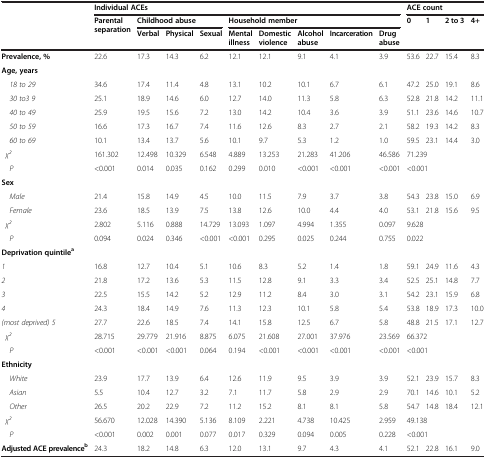
<table><thead><tr><td rowspan="3"><b> </b></td><td colspan="9"><b>Individual ACEs</b></td><td colspan="4"><b>ACE count</b></td></tr><tr><td rowspan="2"><b>Parental separation</b></td><td colspan="3"><b>Childhood abuse</b></td><td colspan="5"><b>Household member</b></td><td><b>0</b></td><td><b>1</b></td><td><b>2 to 3</b></td><td><b>4+</b></td></tr><tr><td><b>Verbal</b></td><td><b>Physical</b></td><td><b>Sexual</b></td><td><b>Mental illness</b></td><td><b>Domestic violence</b></td><td><b>Alcohol abuse</b></td><td><b>Incarceration</b></td><td><b>Drug abuse</b></td><td colspan="10"><b> </b></td></tr></thead><tbody><tr><td><b>Prevalence, %</b></td><td>22.6</td><td>17.3</td><td>14.3</td><td>6.2</td><td>12.1</td><td>12.1</td><td>9.1</td><td>4.1</td><td>3.9</td><td>53.6</td><td>22.7</td><td>15.4</td><td>8.3</td></tr><tr><td><b>Age, years</b></td><td> </td><td> </td><td> </td><td> </td><td> </td><td> </td><td> </td><td> </td><td> </td><td> </td><td> </td><td> </td><td> </td></tr><tr><td> <i>18 to 29</i></td><td>34.6</td><td>17.4</td><td>11.4</td><td>4.8</td><td>13.1</td><td>10.2</td><td>10.1</td><td>6.7</td><td>6.1</td><td>47.2</td><td>25.0</td><td>19.1</td><td>8.6</td></tr><tr><td> <i>30 to3 9</i></td><td>25.1</td><td>18.9</td><td>14.6</td><td>6.0</td><td>12.7</td><td>14.0</td><td>11.3</td><td>5.8</td><td>6.3</td><td>52.8</td><td>21.8</td><td>14.2</td><td>11.1</td></tr><tr><td> <i>40 to 49</i></td><td>25.9</td><td>19.5</td><td>15.6</td><td>7.2</td><td>13.0</td><td>14.2</td><td>10.4</td><td>3.6</td><td>3.9</td><td>51.1</td><td>23.6</td><td>14.6</td><td>10.7</td></tr><tr><td> <i>50 to 59</i></td><td>16.6</td><td>17.3</td><td>16.7</td><td>7.4</td><td>11.6</td><td>12.6</td><td>8.3</td><td>2.7</td><td>2.1</td><td>58.2</td><td>19.3</td><td>14.2</td><td>8.3</td></tr><tr><td> <i>60 to 69</i></td><td>10.1</td><td>13.4</td><td>13.7</td><td>5.6</td><td>10.1</td><td>9.7</td><td>5.3</td><td>1.2</td><td>1.0</td><td>59.5</td><td>23.1</td><td>14.4</td><td>3.0</td></tr><tr><td> <i>χ2</i></td><td>161.302</td><td>12.498</td><td>10.329</td><td>6.548</td><td>4.889</td><td>13.253</td><td>21.283</td><td>41.206</td><td>46.586</td><td colspan="4">71.239</td></tr><tr><td> <i>P</i></td><td>&lt;0.001</td><td>0.014</td><td>0.035</td><td>0.162</td><td>0.299</td><td>0.010</td><td>&lt;0.001</td><td>&lt;0.001</td><td>&lt;0.001</td><td colspan="4">&lt;0.001</td></tr><tr><td><b>Sex</b></td><td> </td><td> </td><td> </td><td> </td><td> </td><td> </td><td> </td><td> </td><td> </td><td> </td><td> </td><td> </td><td> </td></tr><tr><td> <i>Male</i></td><td>21.4</td><td>15.8</td><td>14.9</td><td>4.5</td><td>10.0</td><td>11.5</td><td>7.9</td><td>3.7</td><td>3.8</td><td>54.3</td><td>23.8</td><td>15.0</td><td>6.9</td></tr><tr><td> <i>Female</i></td><td>23.6</td><td>18.5</td><td>13.9</td><td>7.5</td><td>13.8</td><td>12.6</td><td>10.0</td><td>4.4</td><td>4.0</td><td>53.1</td><td>21.8</td><td>15.6</td><td>9.5</td></tr><tr><td> <i>χ2</i></td><td>2.802</td><td>5.116</td><td>0.888</td><td>14.729</td><td>13.093</td><td>1.097</td><td>4.994</td><td>1.355</td><td>0.097</td><td colspan="4">9.628</td></tr><tr><td> <i>P</i></td><td>0.094</td><td>0.024</td><td>0.346</td><td>&lt;0.001</td><td>&lt;0.001</td><td>0.295</td><td>0.025</td><td>0.244</td><td>0.755</td><td colspan="4">0.022</td></tr><tr><td colspan="2"><b>Deprivation quintile</b><sup><b>a</b></sup></td><td> </td><td> </td><td> </td><td> </td><td> </td><td> </td><td> </td><td> </td><td> </td><td> </td><td> </td><td> </td></tr><tr><td><i>1</i></td><td>16.8</td><td>12.7</td><td>10.4</td><td>5.1</td><td>10.6</td><td>8.3</td><td>5.2</td><td>1.4</td><td>1.8</td><td>59.1</td><td>24.9</td><td>11.6</td><td>4.3</td></tr><tr><td><i>2</i></td><td>21.8</td><td>17.2</td><td>13.6</td><td>5.3</td><td>11.5</td><td>12.8</td><td>9.1</td><td>3.3</td><td>3.4</td><td>52.5</td><td>25.1</td><td>14.8</td><td>7.7</td></tr><tr><td><i>3</i></td><td>22.5</td><td>15.5</td><td>14.2</td><td>5.2</td><td>12.9</td><td>11.2</td><td>8.4</td><td>3.0</td><td>3.1</td><td>54.2</td><td>23.1</td><td>15.9</td><td>6.8</td></tr><tr><td><i>4</i></td><td>24.3</td><td>18.4</td><td>14.9</td><td>7.6</td><td>11.3</td><td>12.3</td><td>10.1</td><td>5.8</td><td>5.4</td><td>53.8</td><td>18.9</td><td>17.3</td><td>10.0</td></tr><tr><td><i>(most deprived) 5</i></td><td>27.7</td><td>22.6</td><td>18.5</td><td>7.4</td><td>14.1</td><td>15.8</td><td>12.5</td><td>6.7</td><td>5.8</td><td>48.8</td><td>21.5</td><td>17.1</td><td>12.7</td></tr><tr><td> <i>χ2</i></td><td>28.715</td><td>29.779</td><td>21.916</td><td>8.875</td><td>6.075</td><td>21.608</td><td>27.001</td><td>37.976</td><td>23.569</td><td colspan="4">66.372</td></tr><tr><td> <i>P</i></td><td>&lt;0.001</td><td>&lt;0.001</td><td>&lt;0.001</td><td>0.064</td><td>0.194</td><td>&lt;0.001</td><td>&lt;0.001</td><td>&lt;0.001</td><td>&lt;0.001</td><td colspan="4">&lt;0.001</td></tr><tr><td><b>Ethnicity</b></td><td> </td><td> </td><td> </td><td> </td><td> </td><td> </td><td> </td><td> </td><td> </td><td> </td><td> </td><td> </td><td> </td></tr><tr><td> <i>White</i></td><td>23.9</td><td>17.7</td><td>13.9</td><td>6.4</td><td>12.6</td><td>11.9</td><td>9.5</td><td>3.9</td><td>3.9</td><td>52.1</td><td>23.9</td><td>15.7</td><td>8.3</td></tr><tr><td> <i>Asian</i></td><td>5.5</td><td>10.4</td><td>12.7</td><td>3.2</td><td>7.1</td><td>11.7</td><td>5.8</td><td>2.9</td><td>2.9</td><td>70.1</td><td>14.6</td><td>10.1</td><td>5.2</td></tr><tr><td> <i>Other</i></td><td>26.5</td><td>20.2</td><td>22.9</td><td>7.2</td><td>11.2</td><td>15.2</td><td>8.1</td><td>8.1</td><td>5.8</td><td>54.7</td><td>14.8</td><td>18.4</td><td>12.1</td></tr><tr><td> <i>χ2</i></td><td>56.670</td><td>12.028</td><td>14.390</td><td>5.136</td><td>8.109</td><td>2.221</td><td>4.738</td><td>10.425</td><td>2.959</td><td colspan="4">49.138</td></tr><tr><td> <i>P</i></td><td>&lt;0.001</td><td>0.002</td><td>0.001</td><td>0.077</td><td>0.017</td><td>0.329</td><td>0.094</td><td>0.005</td><td>0.228</td><td colspan="4">&lt;0.001</td></tr><tr><td><b>Adjusted ACE prevalence</b><sup><b>b</b></sup></td><td>24.3</td><td>18.2</td><td>14.8</td><td>6.3</td><td>12.0</td><td>13.1</td><td>9.7</td><td>4.3</td><td>4.1</td><td>52.1</td><td>22.8</td><td>16.1</td><td>9.0</td></tr></tbody></table>